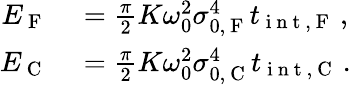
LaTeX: \begin{array}{rl}{E_{\mathrm{~F~}}}&{{}=\frac{\pi}{2}K\omega_{0}^{2}\sigma_{0,\mathrm{~F~}}^{4}t_{\mathrm{~i~n~t~,~F~}}\, ,}\\ {E_{\mathrm{~C~}}}&{{}=\frac{\pi}{2}K\omega_{0}^{2}\sigma_{0,\mathrm{~C~}}^{4}t_{\mathrm{~i~n~t~,~C~}}\, .}\end{array}